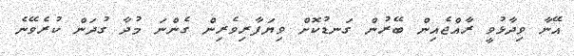
އޭނާ ވިދާޅުވީ ރާއްޖެއިން ބޭރުން ގަނޑުކޮށް ވިޔަފާރިވެރިން ގެންނަ މުދާ ގުދަން ކުރެވޭނެ